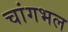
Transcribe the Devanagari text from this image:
चांगभल